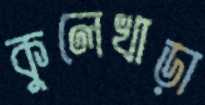
কুলেখাড়া